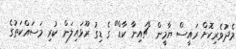
މެދުވެރިކޮށް ރައީސް ޔާމީން "ޗައިނާ ކާޑް" ގެ ޑިގު ރޫޅައިލަން ކުރި މަސައްކަތުގެ